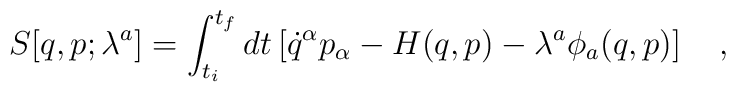
S[q,p;\lambda^a]=\int_{t_i}^{t_f}dt\left[\dot{q}^\alpha p_\alpha-H(q,p)-\lambda^a\phi_a(q,p)\right]\ \ \ ,